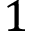
1